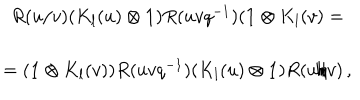
\begin{array} { c } { { R ( u / v ) ( K _ { l } ( u ) \otimes { \bf 1 } ) R ( u v q ^ { - 1 } ) ( { \bf 1 } \otimes K _ { l } ( v ) = } } \\ { { = ( { \bf 1 } \otimes K _ { l } ( v ) ) R ( u v q ^ { - 1 } ) ( K _ { l } ( u ) \otimes { \bf 1 } ) R ( u / v ) \, , } } \\ \end{array}